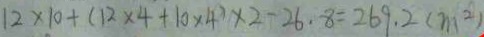
1 2 \times 1 0 + ( 1 2 \times 4 + 1 0 \times 4 ) \times 2 - 2 6 . 8 = 2 6 9 . 2 ( m ^ { 2 } )